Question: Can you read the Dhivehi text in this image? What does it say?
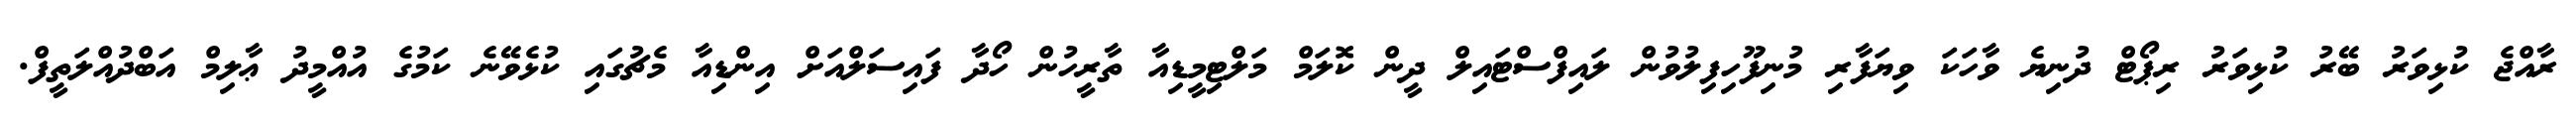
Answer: ރާއްޖެ ކުޅިވަރު ބޭރު ކުޅިވަރު ރިޕޯޓް ދުނިޔެ ވާހަކަ ވިޔަފާރި މުނިފޫހިފިލުވުން ލައިފްސްޓައިލް ދީން ކޮލަމް މަލްޓިމީޑިއާ ތާރީހުން ހޯދާ ފައިސަލްއަށް އިންޑިއާ މެޗުގައި ކުޅެވޭނެ ކަމުގެ އުއްމީދު ޢާލިމް އަބްދުއްލަތީފް.